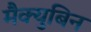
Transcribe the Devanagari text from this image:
मैक्युबिन